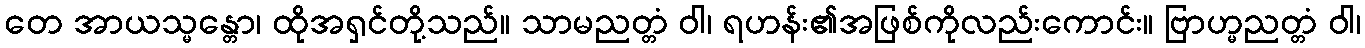
တေ အာယသ္မန္တော၊ ထိုအရှင်တို့သည်။ သာမညတ္တံ ဝါ၊ ရဟန်း၏အဖြစ်ကိုလည်းကောင်း။ ဗြာဟ္မညတ္တံ ဝါ၊